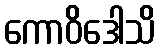
ကောဝိဒေါသိ